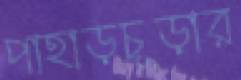
পাহাড়চূড়ার